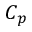
C _ { p }